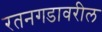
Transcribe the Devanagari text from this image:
रतनगडावरील